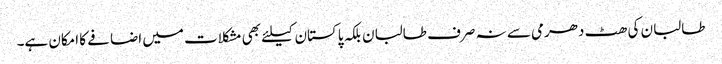
طالبان کی ھٹ دھرمی سے نہ صرف طالبان بلکہ پاکستان کیلئے بھی مشکلات میں اضافے کا امکان ہے۔